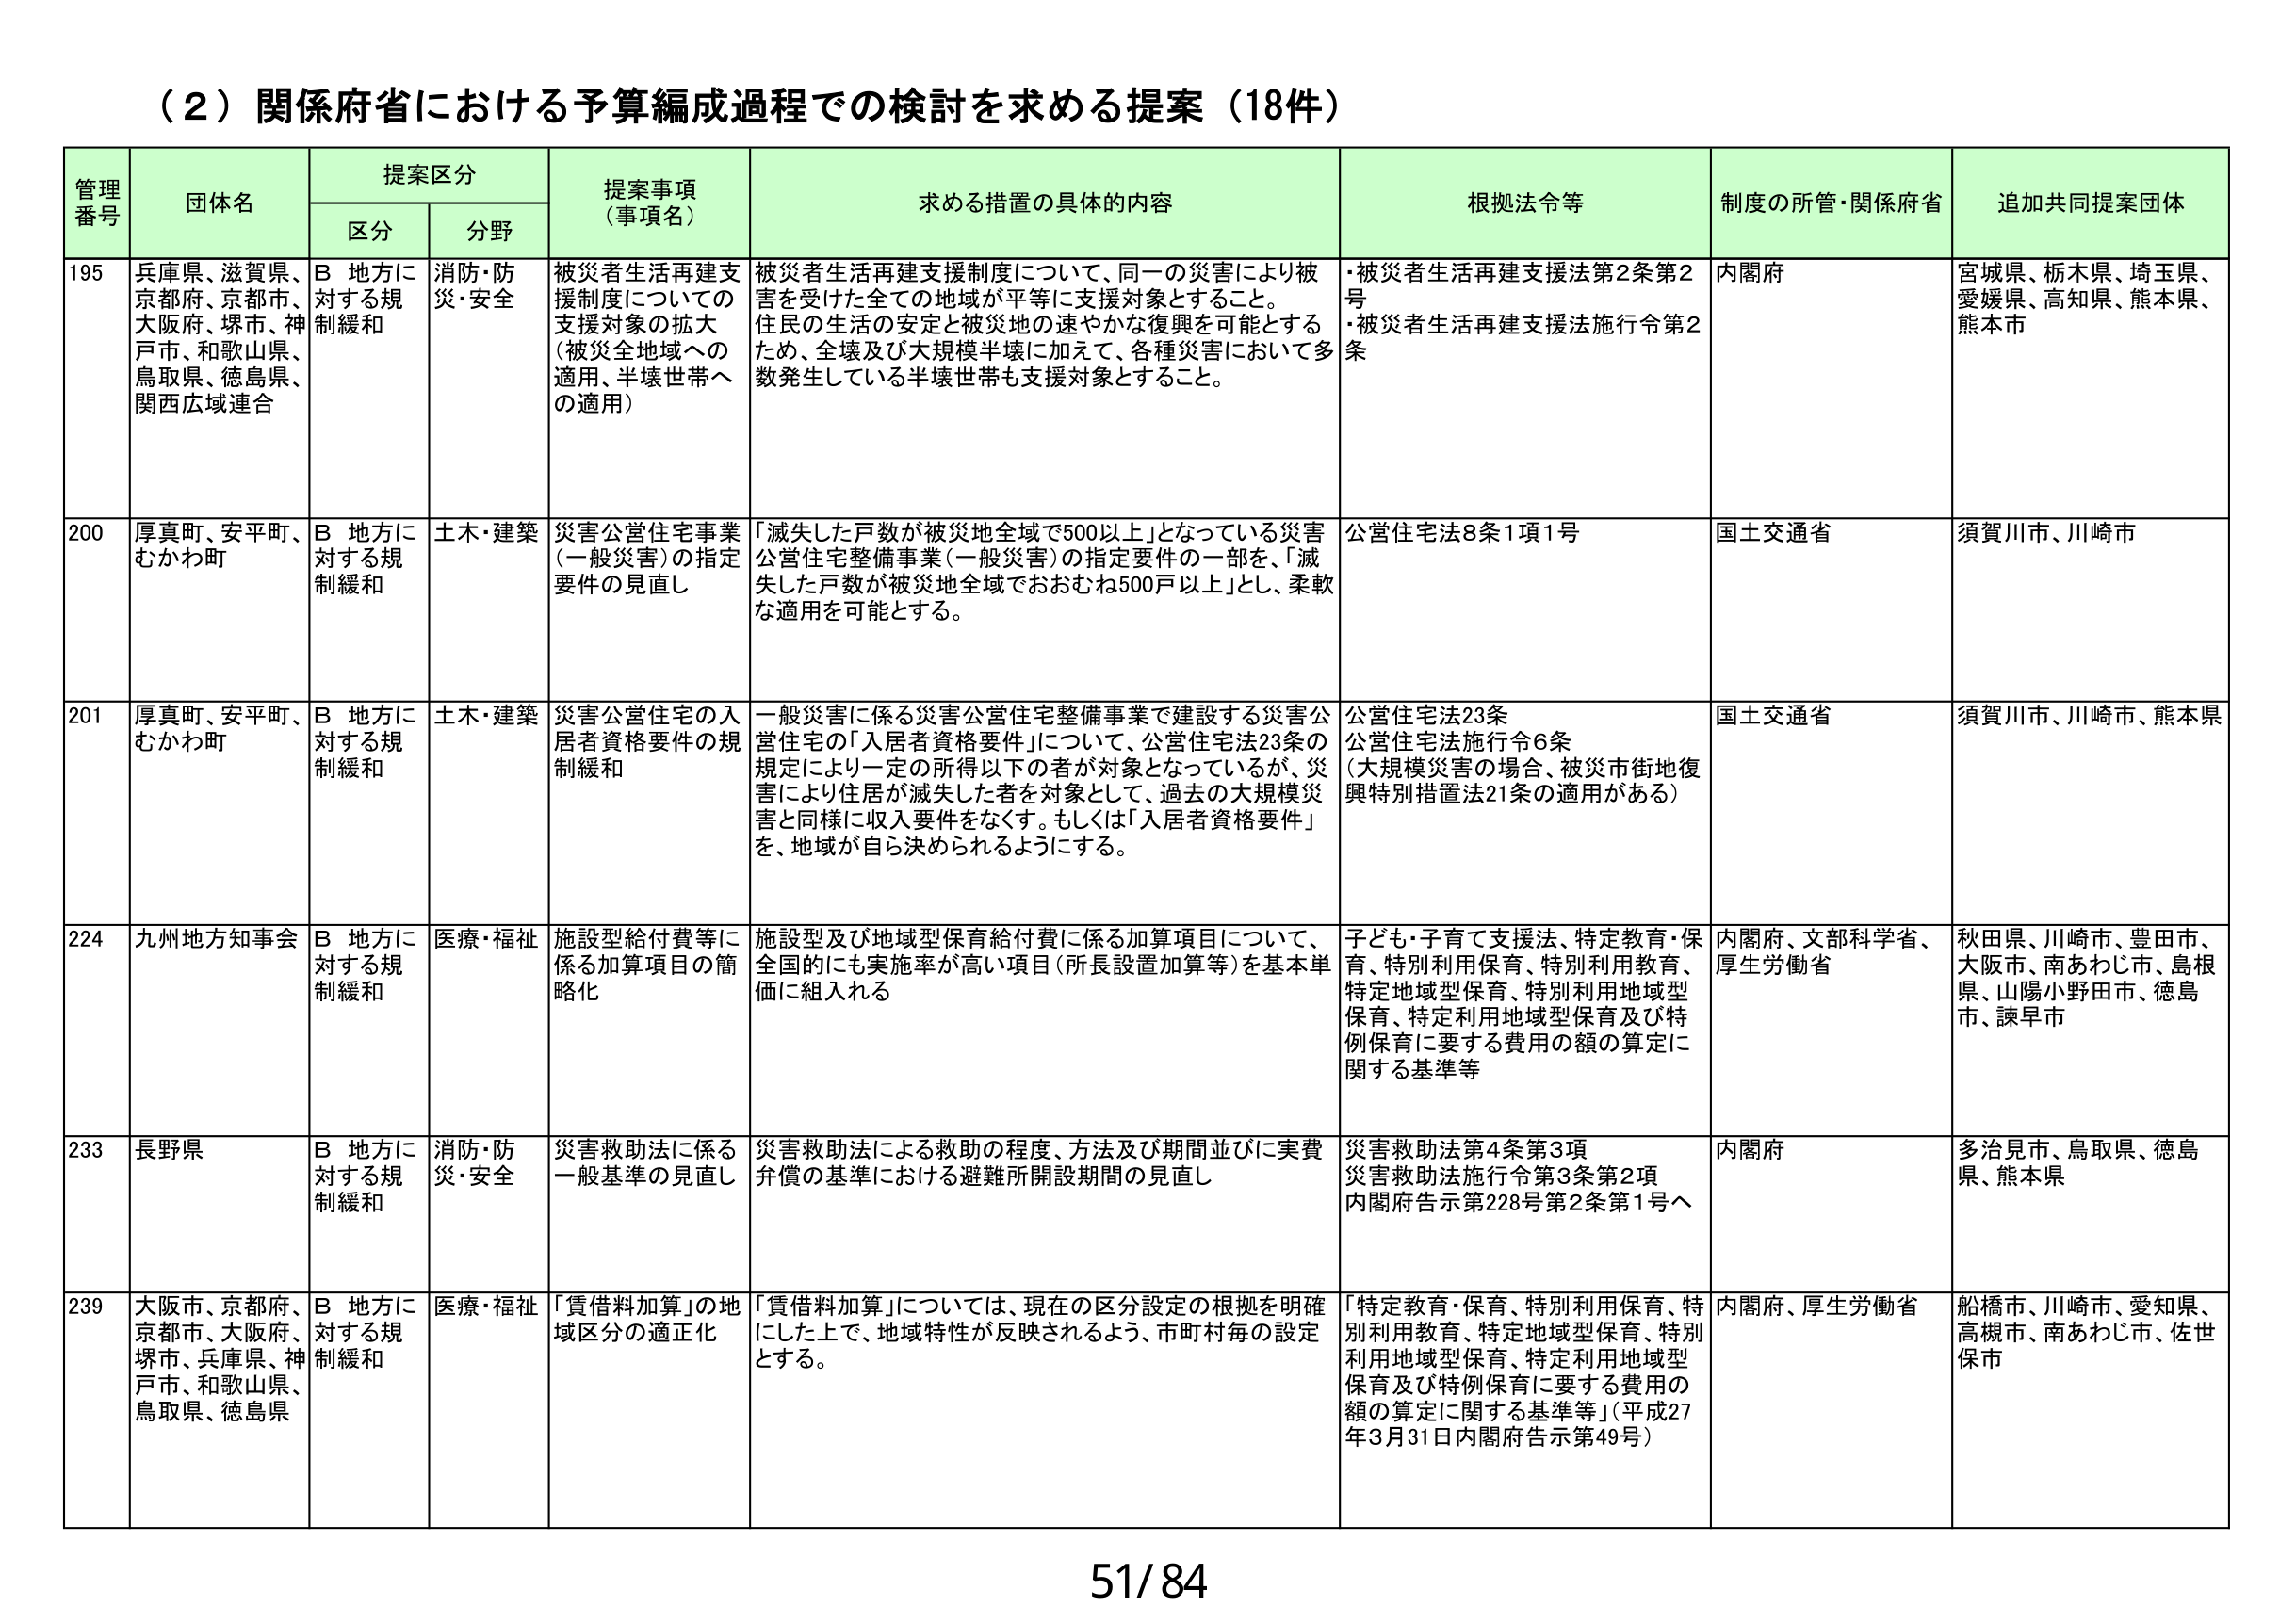
（２）関係府省における予算編成過程での検討を求める提案（18件）

管理番号　団体名　提案区分　提案事項（事項名）　求める措置の具体的内容　根拠法令等　制度の所管・関係府省　追加共同提案団体
　　　　　　区分　分野

195　兵庫県、滋賀県、京都府、京都市、大阪府、堺市、神戸市、和歌山県、鳥取県、徳島県、関西広域連合　B 地方に対する規制緩和　消防・防災・安全　被災者生活再建支援制度についての支援対象の拡大（被災全地域への適用、半壊世帯への適用）　被災者生活再建支援制度について、同一の災害により被害を受けた全ての地域が平等に支援対象とすること。住民の生活の安定と被災地の速やかな復興を可能とするため、全壊及び大規模半壊に加えて、各種災害において多数発生している半壊世帯も支援対象とすること。　・被災者生活再建支援法第2条第2号　・被災者生活再建支援法施行令第2条　内閣府　宮城県、栃木県、埼玉県、愛媛県、高知県、熊本県、熊本市

200　厚真町、安平町、むかわ町　B 地方に対する規制緩和　土木・建築　災害公営住宅事業（一般災害）の指定要件の見直し　「滅失した戸数が被災地全域で500以上」となっている災害公営住宅整備事業（一般災害）の指定要件の一部を、「滅失した戸数が被災地全域でおおむね500戸以上」とし、柔軟な適用を可能とする。　公営住宅法8条1項1号　国土交通省　須賀川市、川崎市

201　厚真町、安平町、むかわ町　B 地方に対する規制緩和　土木・建築　災害公営住宅の入居者資格要件の規制緩和　一般災害に係る災害公営住宅整備事業で建設する災害公営住宅の「入居者資格要件」について、公営住宅23条の規定により一定の所得以下の者が対象となっているが、災害により住居が滅失した者を対象として、過去の大規模災害と同様に収入要件をなくす。もしくは「入居者資格要件」を、地域が自ら決められるようにする。　公営住宅法23条　公営住宅法施行令6条　（大規模災害の場合、被災市街地復興特別措置法21条の適用がある）　国土交通省　須賀川市、川崎市、熊本県

224　九州地方知事会　B 地方に対する規制緩和　医療・福祉　施設型給付費等に係る加算項目の簡略化　施設型及び地域型保育給付費に係る加算項目について、全国的にも実施率が高い項目（所長設置加算等）を基本単価に組入れる　子ども・子育て支援法、特定教育・保育、特別利用保育、特別利用教育、特定地域型保育、特別利用地域型保育、特定利用地域型保育及び特例保育に要する費用の額の算定に関する基準等　内閣府、文部科学省、厚生労働省　秋田県、川崎市、豊田市、大阪市、南あわじ市、島根県、山陽小野田市、徳島市、諫早市

233　長野県　B 地方に対する規制緩和　消防・防災・安全　災害救助法に係る一般基準の見直し　災害救助法による救助の程度、方法及び期間並びに実費弁償の基準における避難所開設期間の見直し　災害救助法第4条第3項　災害救助法施行令第3条第2項　内閣府告示第228号第2条第1号へ　内閣府　多治見市、鳥取県、徳島県、熊本県

239　大阪市、京都府、京都市、大阪府、堺市、兵庫県、神戸市、和歌山県、鳥取県、徳島県　B 地方に対する規制緩和　医療・福祉　「賃借料加算」の地域区分の適正化　「賃借料加算」については、現在の区分設定の根拠を明確にした上で、地域特性が反映されるよう、市町村毎の設定とする。　「特定教育・保育、特別利用保育、特別利用教育、特定地域型保育、特別利用地域型保育、特定利用地域型保育及び特例保育に要する費用の額の算定に関する基準等」（平成27年3月31日内閣府告示第49号）　内閣府、厚生労働省　船橋市、川崎市、愛知県、高槻市、南あわじ市、佐世保市

51/84